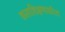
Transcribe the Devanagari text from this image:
कलाशिक्षणाकरिता